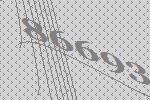
86693